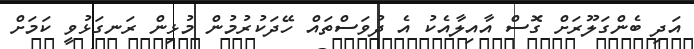
އަދި ބެންގަލޫރަށް ގޮސް އާއިލާއެކު އެ ދުވަސްތައް ހޭދަކުރުމުން މުޅިން ރަނގަޅުވީ ކަމަށް